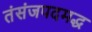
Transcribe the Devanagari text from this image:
तंसंजपदमद्ध